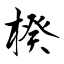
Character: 楑